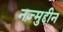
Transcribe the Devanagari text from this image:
नज़्मुद्दीन